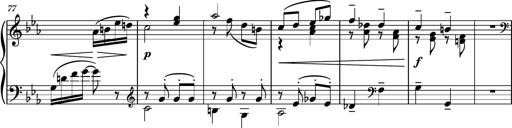
Title: Piano Sonatina No.5
Composer: Dimitri Sykias
Key: C minor